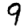
Digit: 9